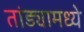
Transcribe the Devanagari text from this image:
तांड्यामध्ये